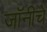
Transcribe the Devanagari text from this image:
जॉनीचे